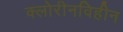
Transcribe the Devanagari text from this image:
क्लोरीनविहीन